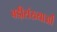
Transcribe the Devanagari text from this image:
बडी़संख्याओं